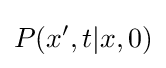
P(x',t|x,0)